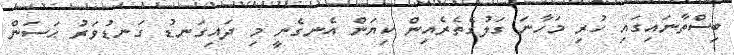
ބިސްތާނައިގައި ހުރި މަހާނަ ގަލުގެތެރެއިން ކިޔަން އެނގެނީ މި ދައިގަނޑު ގަނޑުވަރު ޙަސަން